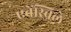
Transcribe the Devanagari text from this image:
एवेंस्विले